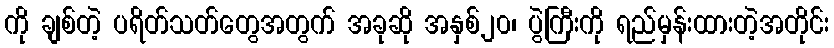
ကို ချစ်တဲ့ ပရိတ်သတ်တွေအတွက် အခုဆို အနှစ်၂၀၊ ပွဲကြီးကို ရည်မှန်းထားတဲ့အတိုင်း